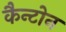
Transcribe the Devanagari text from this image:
कैन्टोन